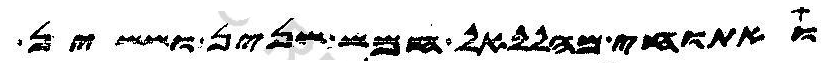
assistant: ואתוחי מהללאל חמש שנין וששין